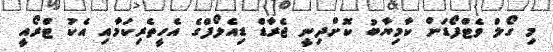
މި ގޯލް ވެޓްފޯޑަށް ކާމިޔާބު ކޮށްދިނީ ޖެރާޑް ޑިއެލޯފްގެ އެހީތެރިކަމާއި އެކު ޓްރޯއީ